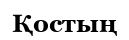
Қостың